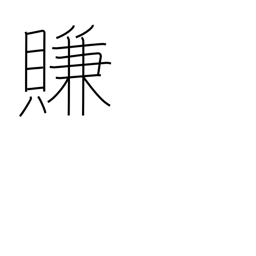
Meaning: coax